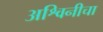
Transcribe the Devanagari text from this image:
अश्विनीचा